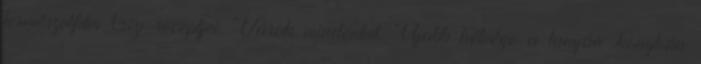
természetfilm Gizi-receptjei. Várok mindenkit. Újabb hétvége a tanyán .konyhán